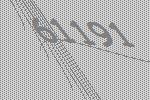
61191